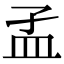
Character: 𥁂